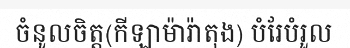
ចំនូលចិត្ត(កីឡាម៉ារ៉ាតុង) បំរែបំរួល